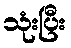
သုံးပြီး